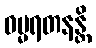
ဓမ္မရတနန္တိ